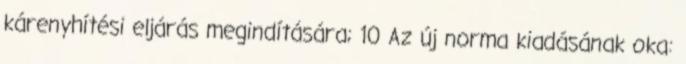
kárenyhítési eljárás megindítására; 10 Az új norma kiadásának oka: